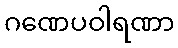
ဂဏေပဝါရဏာ